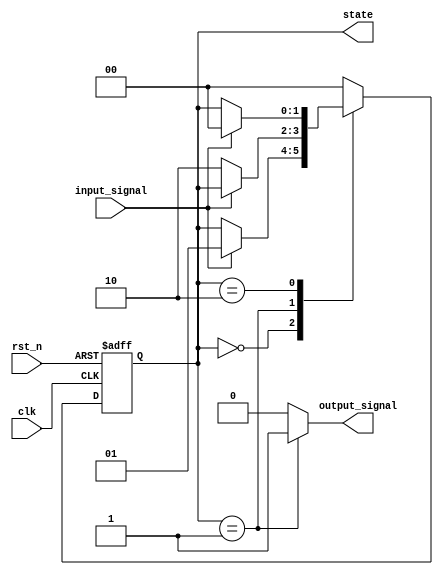
module moore_state_machine (
    input wire clk,               // Clock signal
    input wire rst_n,             // Asynchronous reset (active low)
    input wire input_signal,      // Input signal for state transitions
    output reg [1:0] state,       // Current state (2-bit state encoding)
    output reg output_signal       // Output signal based on current state
);

// State encoding
localparam STATE_A = 2'b00; // State A
localparam STATE_B = 2'b01; // State B
localparam STATE_C = 2'b10; // State C

// State transition logic
always @(posedge clk or negedge rst_n) begin
    if (!rst_n) begin
        state <= STATE_A; // Reset to initial state (STATE_A)
    end else begin
        case (state)
            STATE_A: begin
                if (input_signal) begin
                    state <= STATE_B; // Transition from A to B
                end
            end
            STATE_B: begin
                if (!input_signal) begin
                    state <= STATE_C; // Transition from B to C
                end
            end
            STATE_C: begin
                if (input_signal) begin
                    state <= STATE_A; // Transition from C to A
                end
            end
            default: state <= STATE_A; // Default to initial state
        endcase
    end
end

// Output logic based on current state
always @(*) begin
    case (state)
        STATE_A: output_signal = 1'b0; // Output for State A
        STATE_B: output_signal = 1'b1; // Output for State B
        STATE_C: output_signal = 1'b0; // Output for State C
        default: output_signal = 1'b0; // Default output
    endcase
end

endmodule